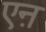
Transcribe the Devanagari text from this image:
एऩ